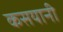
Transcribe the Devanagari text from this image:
कसयानी